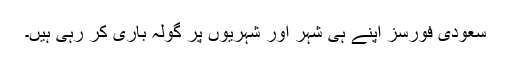
سعودی فورسز اپنے ہی شہر اور شہریوں پر گولہ باری کر رہی ہیں۔